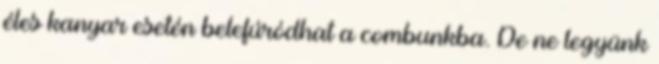
éles kanyar esetén belefúródhat a combunkba. De ne legyünk